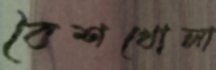
বৈশখোলা